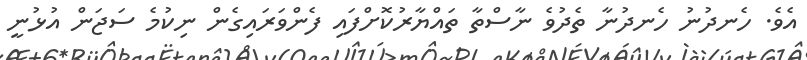
އެވެ. ހެނދުނު ހެނދުނާ ތެދުވެ ނާސްތާ ތައްޔާރުކޮށްފައި ފެންވަރައިގެން ނިކުމެ ސަޖަން އުޅުނީ